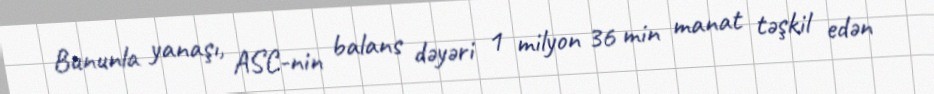
Bununla yanaşı, ASC-nin balans dəyəri 1 milyon 36 min manat təşkil edən